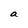
Character: a